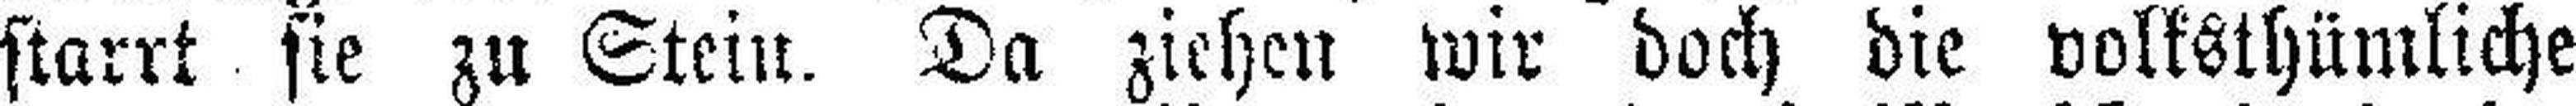
starrt sie zu Stein. Da ziehen wir doch die volksthümliche